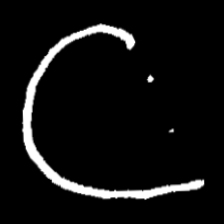
Pyu character \u2014 Myanmar letter: ဋ (romanized: tta)